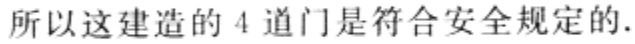
所以这建造的 4 道门是符合安全规定的.